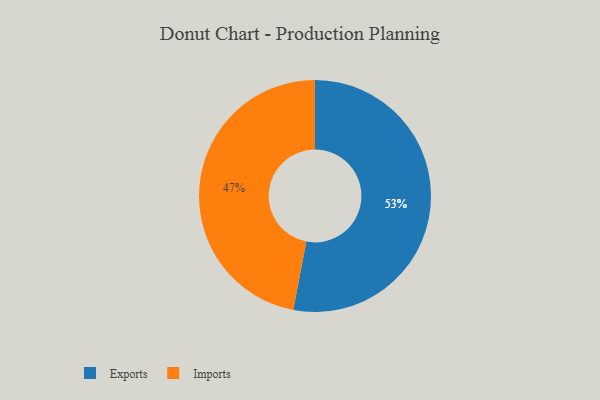
{"axis": {"x": "Category", "y": "Percentage"}, "legend": ["Exports", "Imports"], "data": [{"x": "Exports", "y": 53, "type": "Exports"}, {"x": "Imports", "y": 47, "type": "Imports"}]}